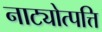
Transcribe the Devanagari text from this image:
नाट्योत्पत्ति